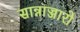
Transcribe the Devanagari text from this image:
सान्नाज्जारो